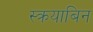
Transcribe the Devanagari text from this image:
स्क्रयाबिन